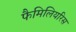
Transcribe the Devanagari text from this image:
फैमिलियरिस